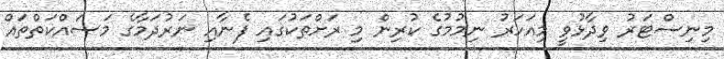
މިނިސްޓަރު ވިދާޅުވީ މިއަހަރު ނިމުމުގެ ކުރިން މި ރަށްތަކުގައި ފެނާއި ނަރުދަމާގެ މަސައްކަތްތައް